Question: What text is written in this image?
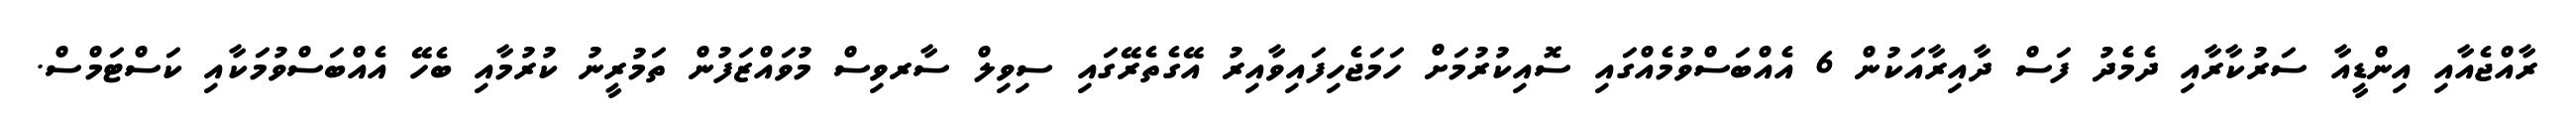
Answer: ރާއްޖެއާއި އިންޑީއާ ސަރުކާރާއި ދެމެދު ފަސް ދާއިރާއަކުން 6 އެއްބަސްވުމެއްގައި ސޮއިކުރުމަށް ހަމަޖެހިފައިވާއިރު އޭގެތެރޭގައި ސިވިލް ސާރވިސް މުވައްޒަފުން ތަމުރީނު ކުރުމާއި ބެހޭ އެއްބަސްވުމަކާއި ކަސްޓަމްސް.